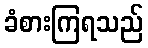
ခံစားကြရသည်